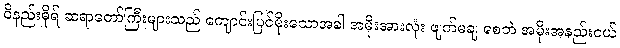
ဝိနည်းဓိုရ် ဆရာတော်ကြီးများသည် ကျောင်းပြင်မိုးသောအခါ အမိုးအားလုံး ဖျက်မချ စေဘဲ အမိုးအနည်းငယ်